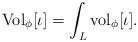
LaTeX: \begin{align*}{\rm Vol}_{\phi} [\iota] = \int_{L} {\rm vol}_{\phi} [\iota].\end{align*}